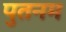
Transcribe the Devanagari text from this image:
पुतनम